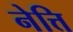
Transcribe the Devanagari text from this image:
नेत्ति